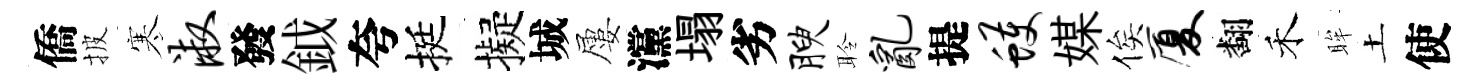
僑披寒淑發鉞夸挺擬城屢灙塌劣腴聆乱提蠖媒俟厦翻禾眸土使